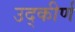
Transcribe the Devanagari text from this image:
उद्‌कीर्ण